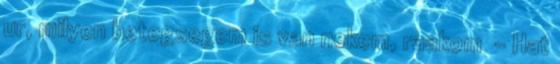
ur, milyen betegsegem is van nekem, raakom - Hat